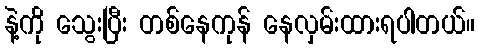
နဲ့ကို သွေးပြီး တစ်နေကုန် နေလှမ်းထားရပါတယ်။